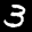
Label: 3